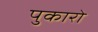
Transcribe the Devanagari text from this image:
पुकारो